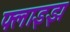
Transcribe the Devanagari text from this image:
फ्लाइझ